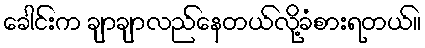
ခေါင်းက ချာချာလည်နေတယ်လို့ခံစားရတယ်။